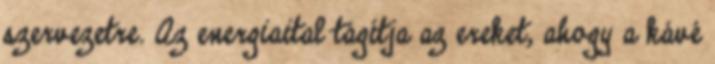
szervezetre. Az energiaital tágítja az ereket, ahogy a kávé